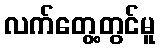
လက်တွေ့တွင်မူ